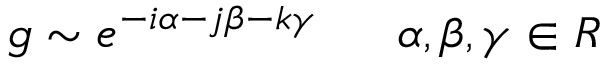
g \sim e ^ { - i \alpha - j \beta - k \gamma } \ \ \ \ \ \alpha , \beta , \gamma \in R